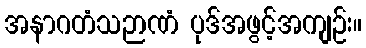
အနာဂတံသဉာဏံ ပုဒ်အဖွင့်အကျဉ်း။